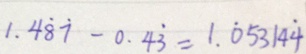
1 . 4 \dot { 8 } \dot { 7 } - 0 . 4 \dot { 3 } = 1 . \dot { 0 } 5 3 1 4 \dot { 4 }